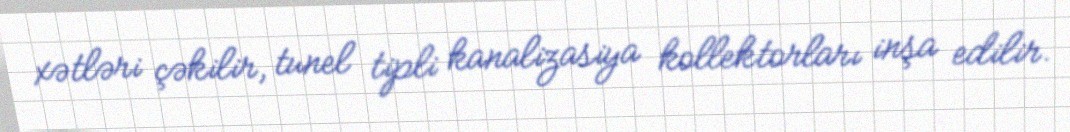
xətləri çəkilir, tunel tipli kanalizasiya kollektorları inşa edilir.